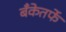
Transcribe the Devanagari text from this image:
बँकेतर्फे